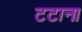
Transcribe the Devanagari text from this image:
टटाना